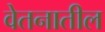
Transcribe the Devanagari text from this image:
वेतनातील